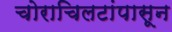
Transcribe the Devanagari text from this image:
चोराचिलटांपासून